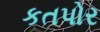
કતપોર